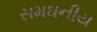
સમઘનીય